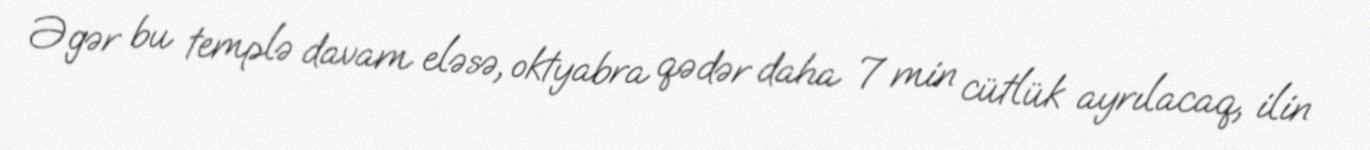
Əgər bu templə davam eləsə, oktyabra qədər daha 7 min cütlük ayrılacaq, ilin